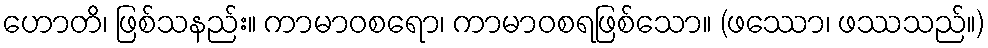
ဟောတိ၊ ဖြစ်သနည်း။ ကာမာဝစရော၊ ကာမာဝစရဖြစ်သော။ (ဖဿော၊ ဖဿသည်။)